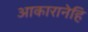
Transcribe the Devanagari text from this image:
आकारानेहि